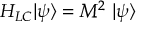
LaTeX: H _ { L C } | \psi \rangle = M ^ { 2 } \; | \psi \rangle